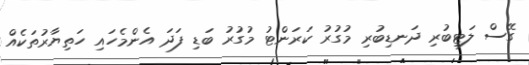
ގޭސް ލަޓިބުރި ދަނޑިބުރި މުގުރު ކަރަންޓު މުގުރު ބަޑި ފަދަ އެންމެހައި ހަތިޔާރުތަކެއް